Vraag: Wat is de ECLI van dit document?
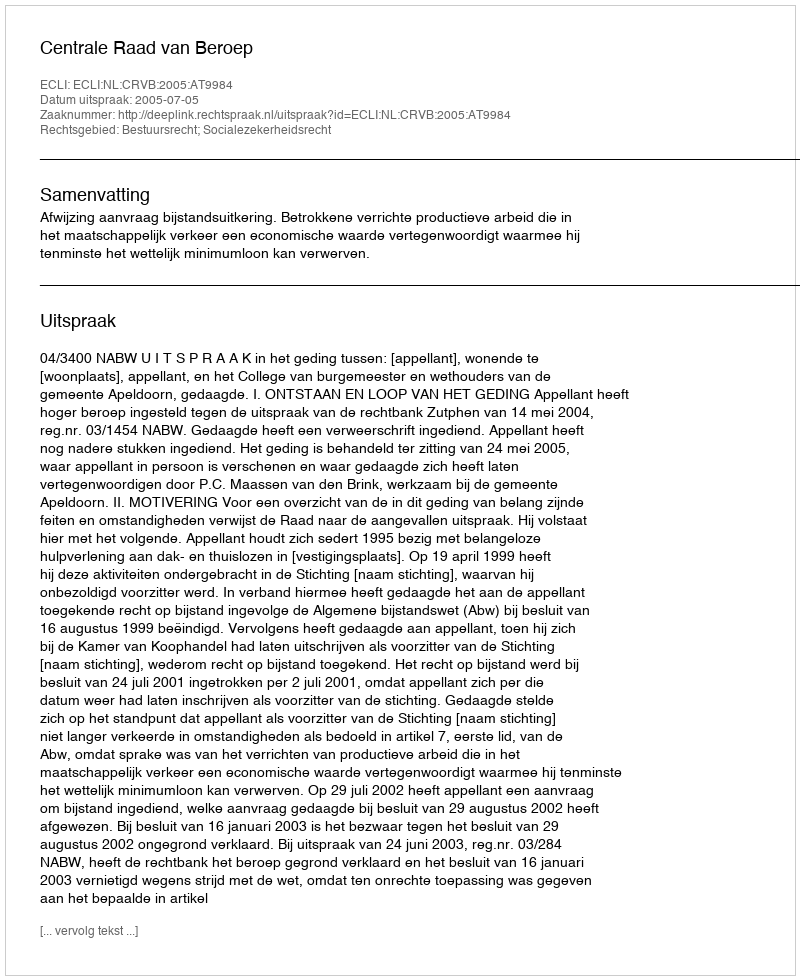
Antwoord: ECLI:NL:CRVB:2005:AT9984